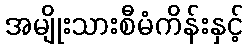
အမျိုးသားစီမံကိန်းနှင့်